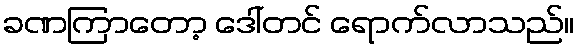
ခဏကြာတော့ ဒေါ်တင် ရောက်လာသည်။